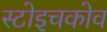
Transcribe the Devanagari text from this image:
स्टोइचकोव